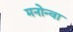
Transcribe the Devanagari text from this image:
मनोन्वा